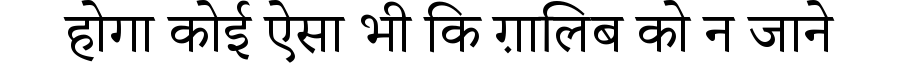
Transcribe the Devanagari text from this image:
होगा कोई ऐसा भी कि ग़ालिब को न जाने